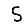
Digit: 5